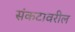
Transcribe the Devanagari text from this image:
संकटावरील